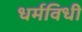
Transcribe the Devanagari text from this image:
धर्मविधी